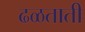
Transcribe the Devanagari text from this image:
ढळताती